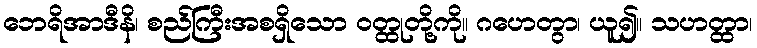
ဘေရိအာဒီနိ၊ စည်ကြီးအစရှိသော ဝတ္ထုတို့ကို။ ဂဟေတွာ၊ ယူ၍။ သဟတ္ထာ၊